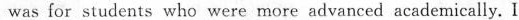
was for sudents who were more advanced academically, I